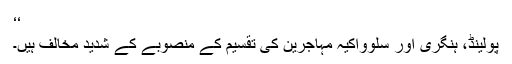
‘‘
پولینڈ، ہنگری اور سلوواکیہ مہاجرین کی تقسیم کے منصوبے کے شدید مخالف ہیں۔